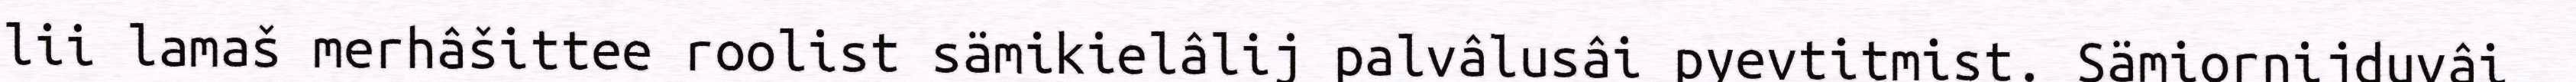
lii lamaš merhâšittee roolist sämikielâlij palvâlusâi pyevtitmist. Sämiornijduvâi